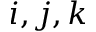
i , j , k